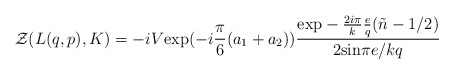
\begin{align*}{\cal Z}(L(q,p),K)=-iV\mbox{exp}(-i\frac{\pi}{6}(a_{1}+a_{2}))\frac{\mbox{exp}-\frac{2i\pi}{k}\frac{e}{q}(\tilde{n}-1/2)}{2\mbox{sin}\pi e/kq}\end{align*}